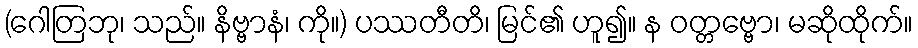
(ဂေါတြဘု၊ သည်။ နိဗ္ဗာနံ၊ ကို။) ပဿတီတိ၊ မြင်၏ ဟူ၍။ န ဝတ္တဗ္ဗော၊ မဆိုထိုက်။